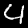
Digit: 4